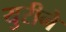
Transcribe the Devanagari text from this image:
युरीने